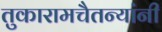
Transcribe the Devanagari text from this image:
तुकारामचैतन्यांनी